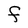
Character: F